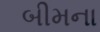
બીમના